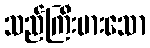
သည်ကြီးမားသော